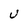
Character: U